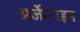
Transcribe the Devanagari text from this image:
अर्जेन्टाइन